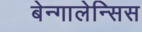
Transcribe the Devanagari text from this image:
बेन्गालेन्सिस